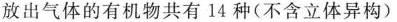
放出气体的有机物共有 14 种(不含立体异构)